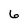
Character: 6